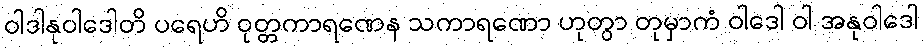
ဝါဒါနုဝါဒေါတိ ပရေဟိ ဝုတ္တကာရဏေန သကာရဏော ဟုတွာ တုမှာကံ ဝါဒေါ ဝါ အနုဝါဒေါ